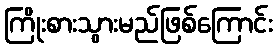
ကြိုးစားသွားမည်ဖြစ်ကြောင်း